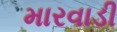
મારવાડી